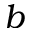
b